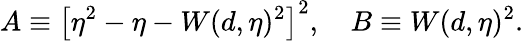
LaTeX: A\equiv\left[\eta^{2}-\eta-W(d,\eta)^{2}\right]^{2},\quad B\equiv W(d,\eta)^{2}.